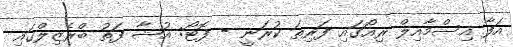
އަފާ އިސްމާއިލް ރިއޯގައި ފަރިތަ ކުރަނީ - ފޮޓޯ: އުޝާ ފަތު ބްރެޒިލްގައި